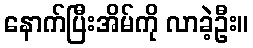
နောက်ပြီးအိမ်ကို လာခဲ့ဦး။